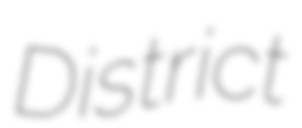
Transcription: District